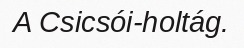
A Csicsói-holtág.